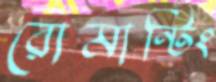
রোমান্টিং